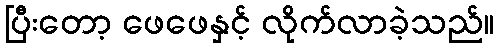
ပြီးတော့ ဖေဖေနှင့် လိုက်လာခဲ့သည်။